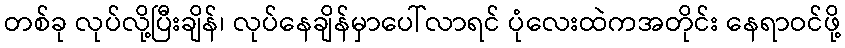
တစ်ခု လုပ်လို့ပြီးချိန်၊ လုပ်နေချိန်မှာပေါ်လာရင် ပုံလေးထဲကအတိုင်း နေရာဝင်ဖို့